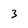
Character: 3